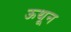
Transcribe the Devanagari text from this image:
ऊथून